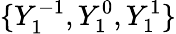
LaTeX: \{ Y_{1}^{-1},Y_{1}^{0},Y_{1}^{1}\}